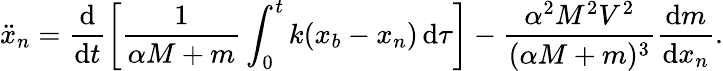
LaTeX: \ddot{x}_{n}=\frac{\textrm{d}}{\textrm{d}t}\left[\frac{1}{\alpha M+m}\int_{0}^{t}k(x_{b}-x_{n})\, \textrm{d}\tau\right]-\frac{\alpha^{2}M^{2}V^{2}}{(\alpha M+m)^{3}}\frac{\textrm{d}m}{\textrm{d}x_{n}}.